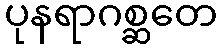
ပုနရာဂစ္ဆတေ